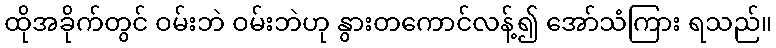
ထိုအခိုက်တွင် ဝမ်းဘဲ ဝမ်းဘဲဟု နွားတကောင်လန့်၍ အော်သံကြား ရသည်။